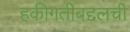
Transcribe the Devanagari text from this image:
हकीगतीबद्दलची